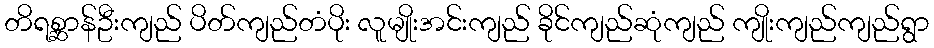
တိရစ္ဆာန်ဦးကျည် ပိတ်ကျည်တံပိုး လူမျိုးအင်းကျည် ခိုင်ကျည်ဆုံကျည် ကျိုးကျည်ကျည်ရွာ